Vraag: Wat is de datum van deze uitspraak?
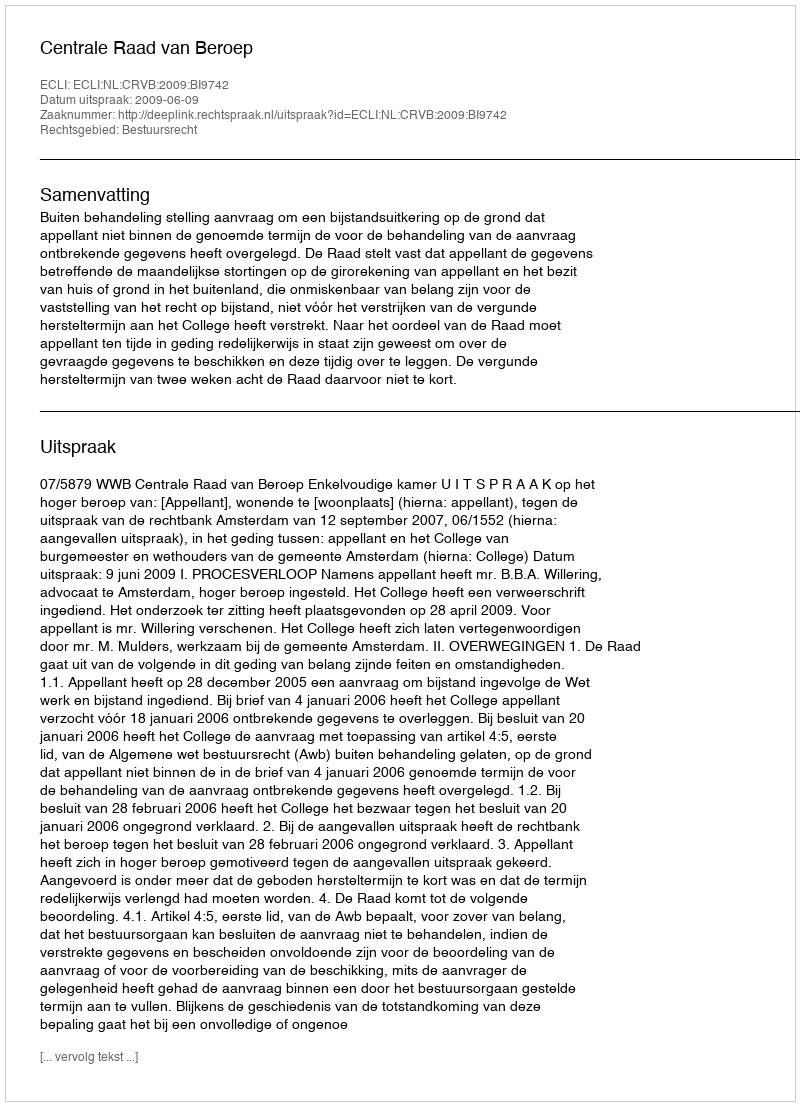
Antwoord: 2009-06-09